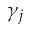
\gamma _ { j }